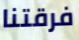
فرقتنا